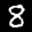
Label: 8